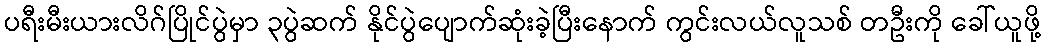
ပရီးမီးယားလိဂ်ပြိုင်ပွဲမှာ ၃ပွဲဆက် နိုင်ပွဲပျောက်ဆုံးခဲ့ပြီးနောက် ကွင်းလယ်လူသစ် တဦးကို ခေါ်ယူဖို့